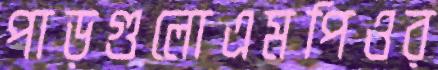
পাড়গুলোএমপিওর